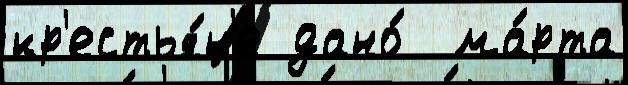
кр'естья́н'е дано́  ма́рта